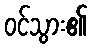
ဝင်သွား၏